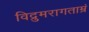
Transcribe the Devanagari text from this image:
विद्रुमरागताम्रं